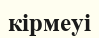
кірмеуі